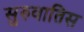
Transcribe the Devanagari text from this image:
सुरुवातिस